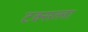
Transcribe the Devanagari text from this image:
टक्सत्ला